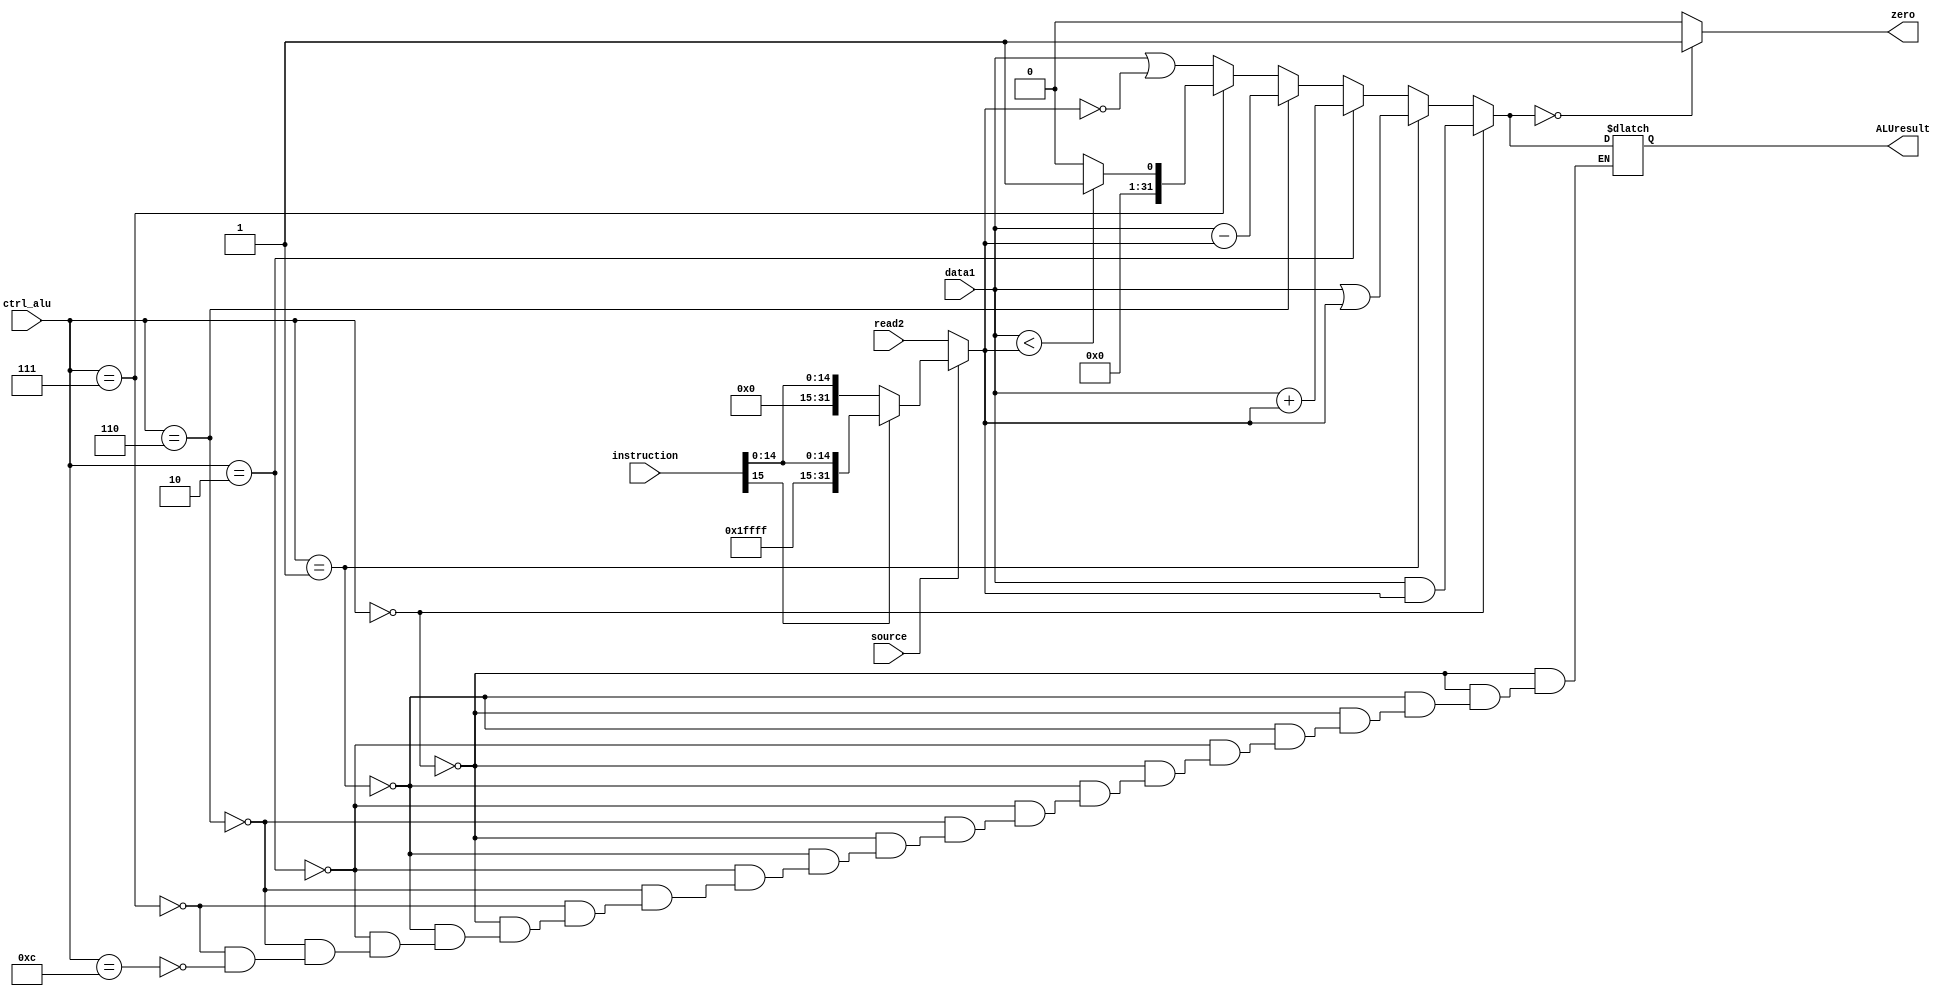
`timescale 1ns / 1ps

module ALU (data1, read2, instruction, source, ctrl_alu, zero, ALUresult);
input[31:0] data1, read2, instruction;
input source;
input [ 3:0] ctrl_alu;
output reg zero;
output reg [31:0] ALUresult;

  reg [31:0] data2;

  always @(source, read2, instruction) begin
    if (source == 0) begin
      data2 = read2;
    end else begin
      if (instruction[15] == 1'b0) begin
        data2 = {16'b0, instruction[15:0]};
      end else begin
        data2 = {{16{1'b1}}, instruction[15:0]};
      end
    end
  end
 always @(data1, data2, ctrl_alu) begin
  if (ctrl_alu == 4'b0000) begin
    ALUresult = data1 & data2;  // AND
  end else if (ctrl_alu == 4'b0001) begin
    ALUresult = data1 | data2;  // OR
  end else if (ctrl_alu == 4'b0010) begin
    ALUresult = data1 + data2;  // ADD
  end else if (ctrl_alu == 4'b0110) begin
    ALUresult = data1 - data2;  // SUB
  end else if (ctrl_alu == 4'b0111) begin
    ALUresult = (data1 < data2) ? 1 : 0;  // SLT
  end else if (ctrl_alu == 4'b1100) begin
    ALUresult = data1 | ~data2;  // NOR
  end 
    if (ALUresult == 0) begin
      zero = 1;
    end else begin
      zero = 0;
    end
  end
endmodule